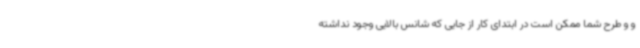
و و طرح شما ممکن است در ابتدای کار از جایی که شانس بالایی وجود نداشته